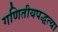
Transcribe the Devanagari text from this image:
गणितीयपद्धत्या